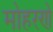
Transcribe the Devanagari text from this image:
मोहरणे